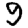
Digit: 9